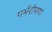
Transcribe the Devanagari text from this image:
गर्भरोपण